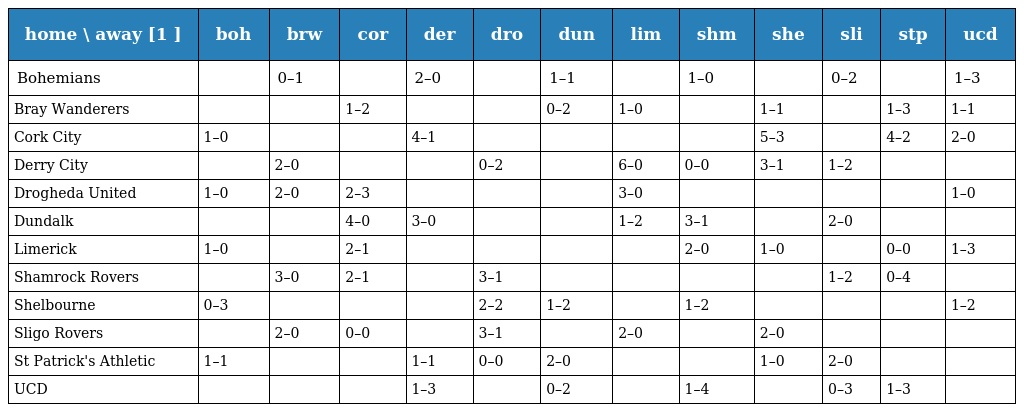
| home \ away [1 ] | boh | brw | cor | der | dro | dun | lim | shm | she | sli | stp | ucd |
 | --- | --- | --- | --- | --- | --- | --- | --- | --- | --- | --- | --- | --- |
 | Bohemians |  | 0–1 |  | 2–0 |  | 1–1 |  | 1–0 |  | 0–2 |  | 1–3 |
 | Bray Wanderers |  |  | 1–2 |  |  | 0–2 | 1–0 |  | 1–1 |  | 1–3 | 1–1 |
 | Cork City | 1–0 |  |  | 4–1 |  |  |  |  | 5–3 |  | 4–2 | 2–0 |
 | Derry City |  | 2–0 |  |  | 0–2 |  | 6–0 | 0–0 | 3–1 | 1–2 |  |  |
 | Drogheda United | 1–0 | 2–0 | 2–3 |  |  |  | 3–0 |  |  |  |  | 1–0 |
 | Dundalk |  |  | 4–0 | 3–0 |  |  | 1–2 | 3–1 |  | 2–0 |  |  |
 | Limerick | 1–0 |  | 2–1 |  |  |  |  | 2–0 | 1–0 |  | 0–0 | 1–3 |
 | Shamrock Rovers |  | 3–0 | 2–1 |  | 3–1 |  |  |  |  | 1–2 | 0–4 |  |
 | Shelbourne | 0–3 |  |  |  | 2–2 | 1–2 |  | 1–2 |  |  |  | 1–2 |
 | Sligo Rovers |  | 2–0 | 0–0 |  | 3–1 |  | 2–0 |  | 2–0 |  |  |  |
 | St Patrick's Athletic | 1–1 |  |  | 1–1 | 0–0 | 2–0 |  |  | 1–0 | 2–0 |  |  |
 | UCD |  |  |  | 1–3 |  | 0–2 |  | 1–4 |  | 0–3 | 1–3 |  |